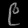
Digit: ၉